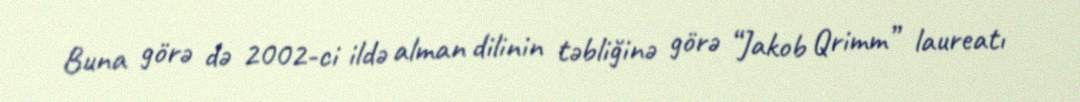
Buna görə də 2002-ci ildə alman dilinin təbliğinə görə “Jakob Qrimm” laureatı